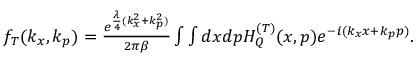
\begin{array} { r } { f _ { T } ( k _ { x } , k _ { p } ) = \frac { e ^ { \frac { \lambda } { 4 } ( k _ { x } ^ { 2 } + k _ { p } ^ { 2 } ) } } { 2 \pi \beta } \int \int d x d p H _ { Q } ^ { ( T ) } ( x , p ) e ^ { - i ( k _ { x } x + k _ { p } p ) } . \ } \end{array}